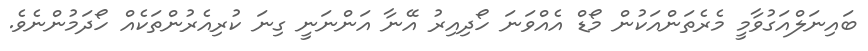
ބައިނަލްއަގުވާމީ މެރެތަންއަކުން މޯޑް އެއްވަނަ ހޯދިއިރު އޭނާ އަންނަނީ ގިނަ ކުރިއެރުންތަކެއް ހޯދަމުންނެވެ.